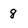
Character: 8